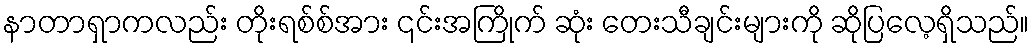
နာတာရှာကလည်း တိုးရစ်စ်အား ၎င်းအကြိုက် ဆုံး တေးသီချင်းများကို ဆိုပြလေ့ရှိသည်။